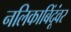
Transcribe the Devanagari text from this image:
नलिकाबिंदूंवर